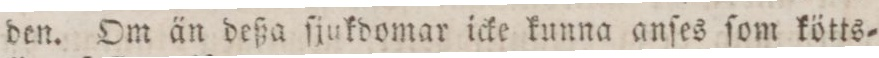
den. Om än deßa ſjukdomar icke kunna anſes ſom kötts=